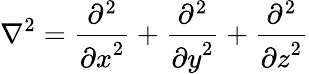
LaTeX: \nabla^{2}={\frac{\partial^{2}}{{\partial x}^{2}}}+{\frac{\partial^{2}}{{\partial y}^{2}}}+{\frac{\partial^{2}}{{\partial z}^{2}}}